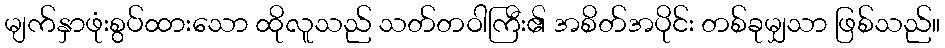
မျက်နှာဖုံးစွပ်ထားသော ထိုလူသည် သတ်တဝါကြီး၏ အစိတ်အပိုင်း တစ်ခုမျှသာ ဖြစ်သည်။